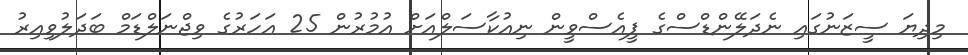
މިދިޔަ ސީޒަނުގައި ނެދަލޭންޑްސްގެ ޕީއެސްވީން ނިއުކާސަލްއަށް އުމުރުން 25 އަހަރުގެ ވިޖްނަލްޑަމް ބަދަލުވިއިރު